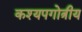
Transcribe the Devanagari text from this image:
कश्यपगोत्रीय